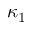
\kappa _ { 1 }